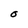
Character: O